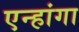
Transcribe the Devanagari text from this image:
एन्हांगा